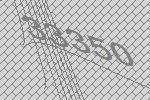
33350